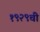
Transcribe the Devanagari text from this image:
१९२९ची